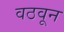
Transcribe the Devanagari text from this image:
वठवून